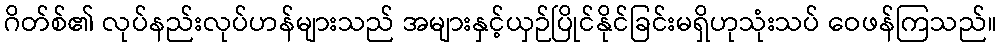
ဂိတ်စ်၏ လုပ်နည်းလုပ်ဟန်များသည် အများနှင့်ယှဉ်ပြိုင်နိုင်ခြင်းမရှိဟုသုံးသပ် ဝေဖန်ကြသည်။